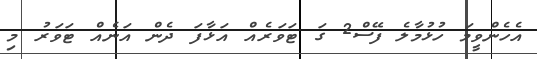
އެހެންވީމަ ހުޅުމާލެ ފޭސް2 ގަ ޓަވަރެއް އަޅާފަ ދެން އަނެއް ޓަވަރު މި